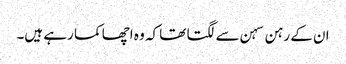
ان کے رہن سہن سے لگتا تھا کہ وہ اچھا کما رہے ہیں۔